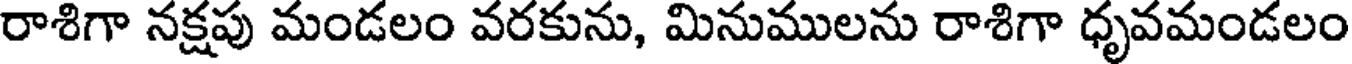
రాశిగా నక్షపు మండలం వరకును, మినుములను రాశిగా ధృవమండలం